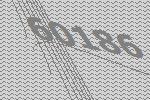
60186